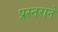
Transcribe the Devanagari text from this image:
प्रस्तराने